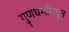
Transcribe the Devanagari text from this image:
गुणधर्मांमधून